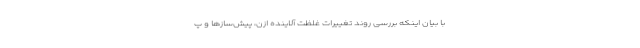
با بیان اینکه بررسی روند تغییرات غلظت آلاینده ازن، پیش­‌سازها و پ